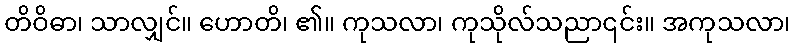
တိဝိဓာ၊ သာလျှင်။ ဟောတိ၊ ၏။ ကုသလာ၊ ကုသိုလ်သညာ၎င်း။ အကုသလာ၊